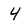
Character: 4